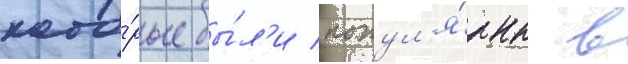
кото́рые бы́л'и попул'я́рны в